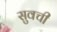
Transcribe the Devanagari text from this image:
सुवची